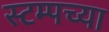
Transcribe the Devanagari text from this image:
स्टम्पच्या